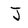
Character: J